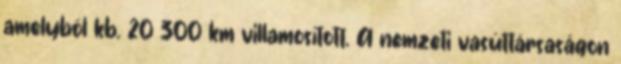
amelyből kb. 20 300 km villamosított. A nemzeti vasúttársaságon